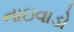
નાઇવાડો